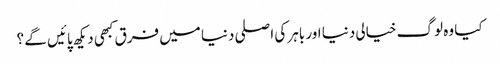
کیا وہ لوگ خیالی دنیا اور باہر کی اصلی دنیا میں فرق کبھی دیکھ پائیں گے ؟